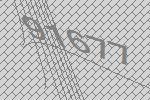
91677